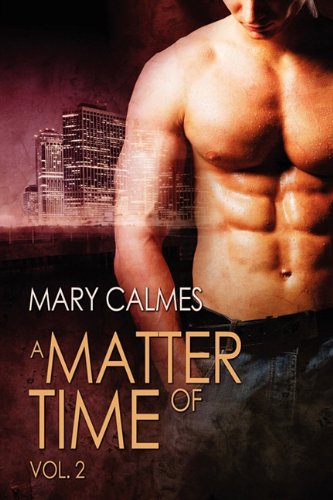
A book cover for A Matter of Time: Vol. 2; Mary Calmes; Romance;